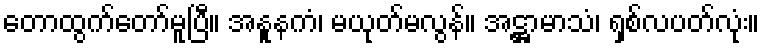
တောထွက်တော်မူပြီ။ အနူနကံ၊ မယုတ်မလွန်။ အဋ္ဌာမာသံ၊ ရှစ်လပတ်လုံး။